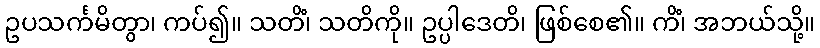
ဥပသင်္ကမိတွာ၊ ကပ်၍။ သတိံ၊ သတိကို။ ဥပ္ပါဒေတိ၊ ဖြစ်စေ၏။ ကိံ၊ အဘယ်သို့။